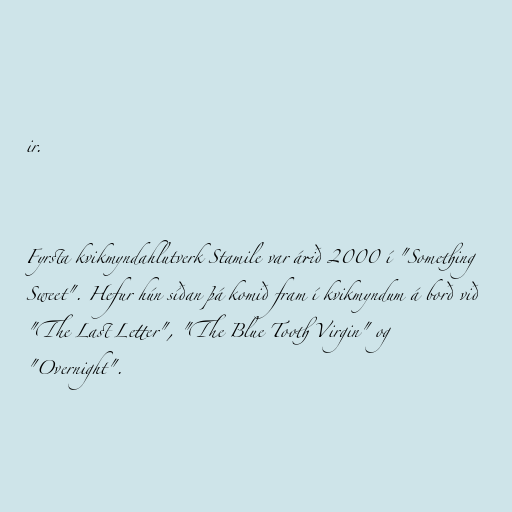
ir.

Fyrsta kvikmyndahlutverk Stamile var árið 2000 í "Something
Sweet". Hefur hún síðan þá komið fram í kvikmyndum á borð við
"The Last Letter", "The Blue Tooth Virgin" og
"Overnight".